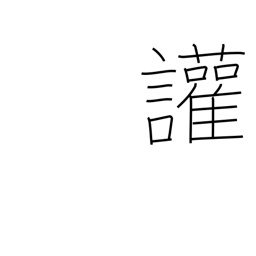
Meaning: disputatious